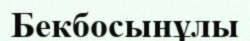
Бекбосынұлы